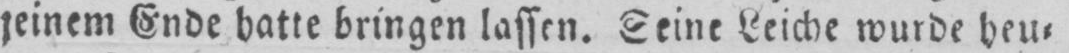
seinem Ende hatte bringen lassen. Seine Leiche wurde heu⸗